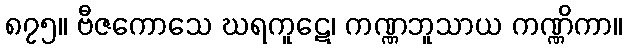
၈၇၅။ ဗီဇကောသေ ဃရကူဋေ၊ ကဏ္ဏဘူသာယ ကဏ္ဏိကာ။